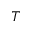
T